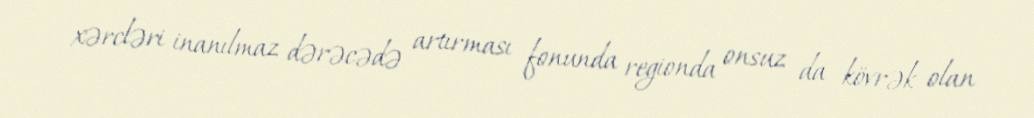
xərcləri inanılmaz dərəcədə artırması fonunda regionda onsuz da kövrək olan